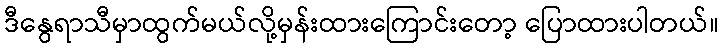
ဒီနွေရာသီမှာထွက်မယ်လို့မှန်းထားကြောင်းတော့ ပြောထားပါတယ်။